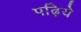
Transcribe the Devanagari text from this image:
पढ़िये